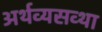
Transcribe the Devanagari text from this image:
अर्थव्यसव्था